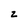
Character: z